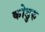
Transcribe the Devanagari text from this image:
कोडुरु